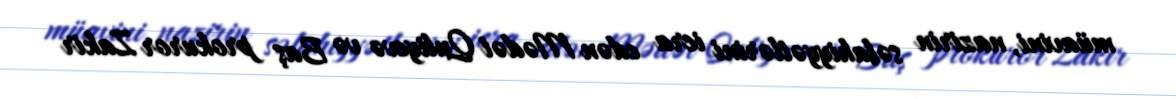
müavini, nazirin səlahiyyətlərini icra edən Mədət Quliyevə və Baş prokuror Zakir